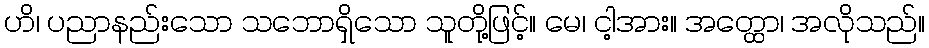
ဟိ၊ ပညာနည်းသော သဘောရှိသော သူတို့ဖြင့်။ မေ၊ ငါ့အား။ အတ္ထော၊ အလိုသည်။